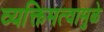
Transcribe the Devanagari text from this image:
व्यक्तिमत्वामुळे